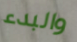
والبدء